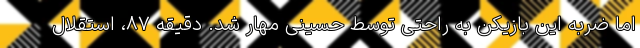
اما ضربه این بازیکن به راحتی توسط حسینی مهار شد. دقیقه ۸۷، استقلال